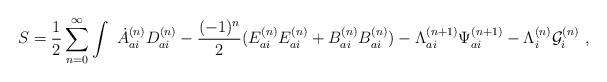
LaTeX: \begin{align*}S = \frac{1}{2} \sum_{n=0}^{\infty }\int \ \dot{A}_{ai}^{(n)}D_{ai}^{(n)} - \frac{(-1)^n}{2}(E_{ai}^{(n)}E_{ai}^{(n)} + B_{ai}^{(n)}B_{ai}^{(n)}) - {\Lambda}_{ai}^{(n+1)}{\Psi}_{ai}^{(n+1)} - {\Lambda}_i^{(n)}{\cal G}_i^{(n)} \ ,\end{align*}